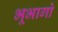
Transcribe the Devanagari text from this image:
भूभागो